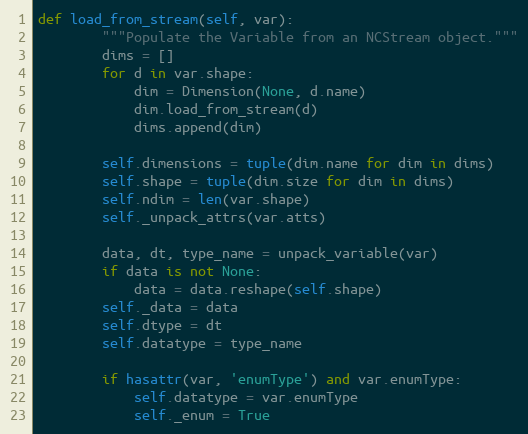
Language: Python
def load_from_stream(self, var):
        """Populate the Variable from an NCStream object."""
        dims = []
        for d in var.shape:
            dim = Dimension(None, d.name)
            dim.load_from_stream(d)
            dims.append(dim)

        self.dimensions = tuple(dim.name for dim in dims)
        self.shape = tuple(dim.size for dim in dims)
        self.ndim = len(var.shape)
        self._unpack_attrs(var.atts)

        data, dt, type_name = unpack_variable(var)
        if data is not None:
            data = data.reshape(self.shape)
        self._data = data
        self.dtype = dt
        self.datatype = type_name

        if hasattr(var, 'enumType') and var.enumType:
            self.datatype = var.enumType
            self._enum = True